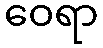
ဝေရာ